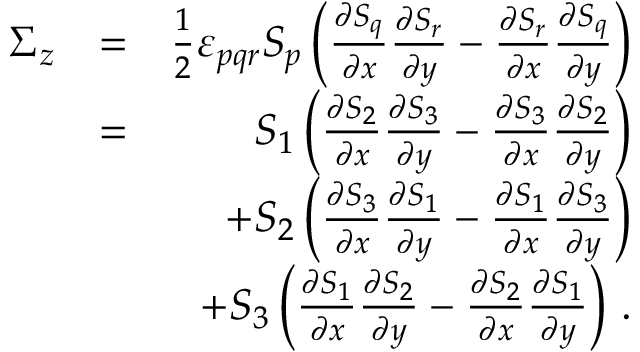
\begin{array} { r l r } { \Sigma _ { z } } & { = } & { \frac { 1 } { 2 } \varepsilon _ { p q r } S _ { p } \left( \frac { \partial S _ { q } } { \partial x } \frac { \partial S _ { r } } { \partial y } - \frac { \partial S _ { r } } { \partial x } \frac { \partial S _ { q } } { \partial y } \right) } \\ & { = } & { S _ { 1 } \left( \frac { \partial S _ { 2 } } { \partial x } \frac { \partial S _ { 3 } } { \partial y } - \frac { \partial S _ { 3 } } { \partial x } \frac { \partial S _ { 2 } } { \partial y } \right) } \\ & { } & { + S _ { 2 } \left( \frac { \partial S _ { 3 } } { \partial x } \frac { \partial S _ { 1 } } { \partial y } - \frac { \partial S _ { 1 } } { \partial x } \frac { \partial S _ { 3 } } { \partial y } \right) } \\ & { } & { + S _ { 3 } \left( \frac { \partial S _ { 1 } } { \partial x } \frac { \partial S _ { 2 } } { \partial y } - \frac { \partial S _ { 2 } } { \partial x } \frac { \partial S _ { 1 } } { \partial y } \right) \, . } \end{array}